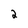
Character: 2